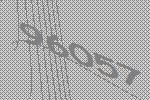
96057